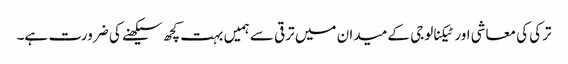
ترکی کی معاشی اور ٹیکنالوجی کے میدان میں ترقی سے ہمیں بہت کچھ سیکھنے کی ضرورت ہے۔